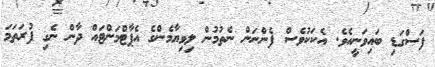
ފަސްގަޑި ބައިވަނީއެވެ. އެކަކުވެސް ފެންނަން ނެތުމުން ލިވިޔާމެންގެ އެޕާޓްމަންޓައް ދާން ނެގި ފުރަތަމަ